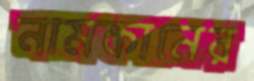
নামকানের